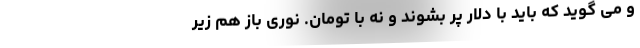
و می گوید که باید با دلار پر بشوند و نه با تومان. نوری باز هم زیر